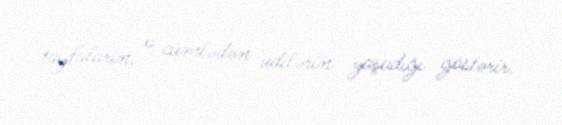
tayfaların, o cümlədən udilərin yaşadığı göstərir.